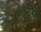
૮૪૫